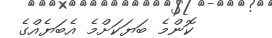
ކޮންމެ ބަޔަކަށްމެ އެބަޔެއްގެ